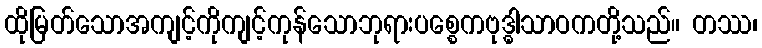
ထိုမြတ်သောအကျင့်ကိုကျင့်ကုန်သောဘုရားပစ္စေကဗုဒ္ဓါသာဝကတို့သည်။ တဿ၊